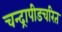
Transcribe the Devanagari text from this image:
चन्द्रापीडचरित